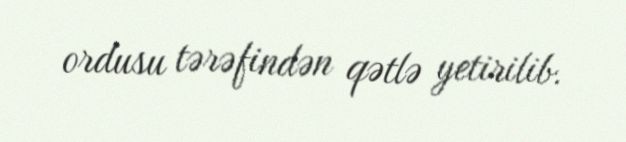
ordusu tərəfindən qətlə yetirilib.